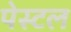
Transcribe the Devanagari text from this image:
पेस्‍टल